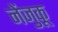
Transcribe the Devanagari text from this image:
नेंजुकू